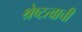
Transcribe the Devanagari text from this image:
श्रेष्टत्वाची